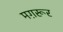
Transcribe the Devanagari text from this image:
मग़रूर